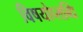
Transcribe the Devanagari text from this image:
विषयोप्लब्धि